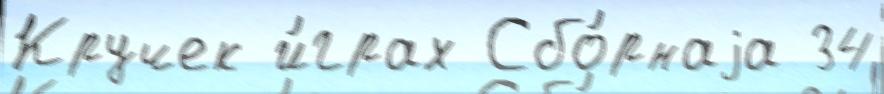
Кручек и́грах Сбо́рнаjа 34